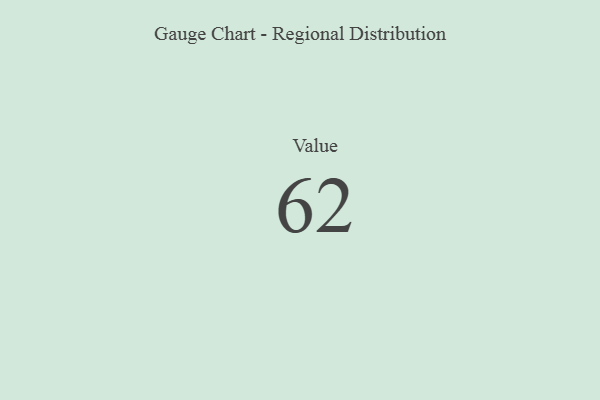
{"axis": {"x": "Metric", "y": "Value"}, "legend": [""], "data": [{"x": "Value", "y": 62, "type": ""}]}